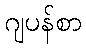
ဂျပန်စာ